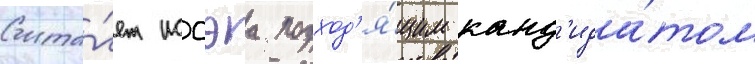
Счита́ет иссэа подход'я́щим канд'ида́том